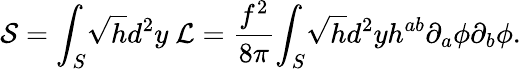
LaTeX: {\cal S}={\int}_{S}\sqrt{h}d^{2}y~{\cal L}=\frac{f^{2}}{8{\pi}}{\int}_{S}\sqrt{h}d^{2}yh^{ab}{\partial}_{a}{\phi}{\partial}_{b}{\phi}.